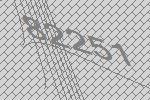
82251